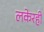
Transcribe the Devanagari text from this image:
लकेरही